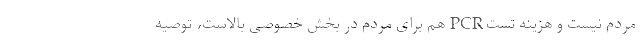
مردم نیست و هزینه تست PCR هم برای مردم در بخش خصوصی بالاست، توصیه